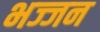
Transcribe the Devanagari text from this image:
भज्जन